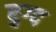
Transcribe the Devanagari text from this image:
बुग्द